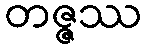
တဇ္ဇဿ